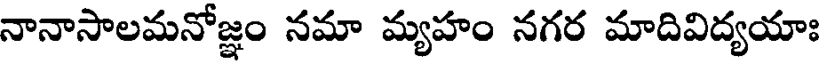
నానాసాలమనోజ్ఞం నమా మ్యహం నగర మాదివిద్యయాః